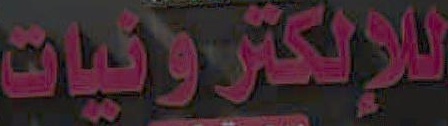
للإلكترونيات